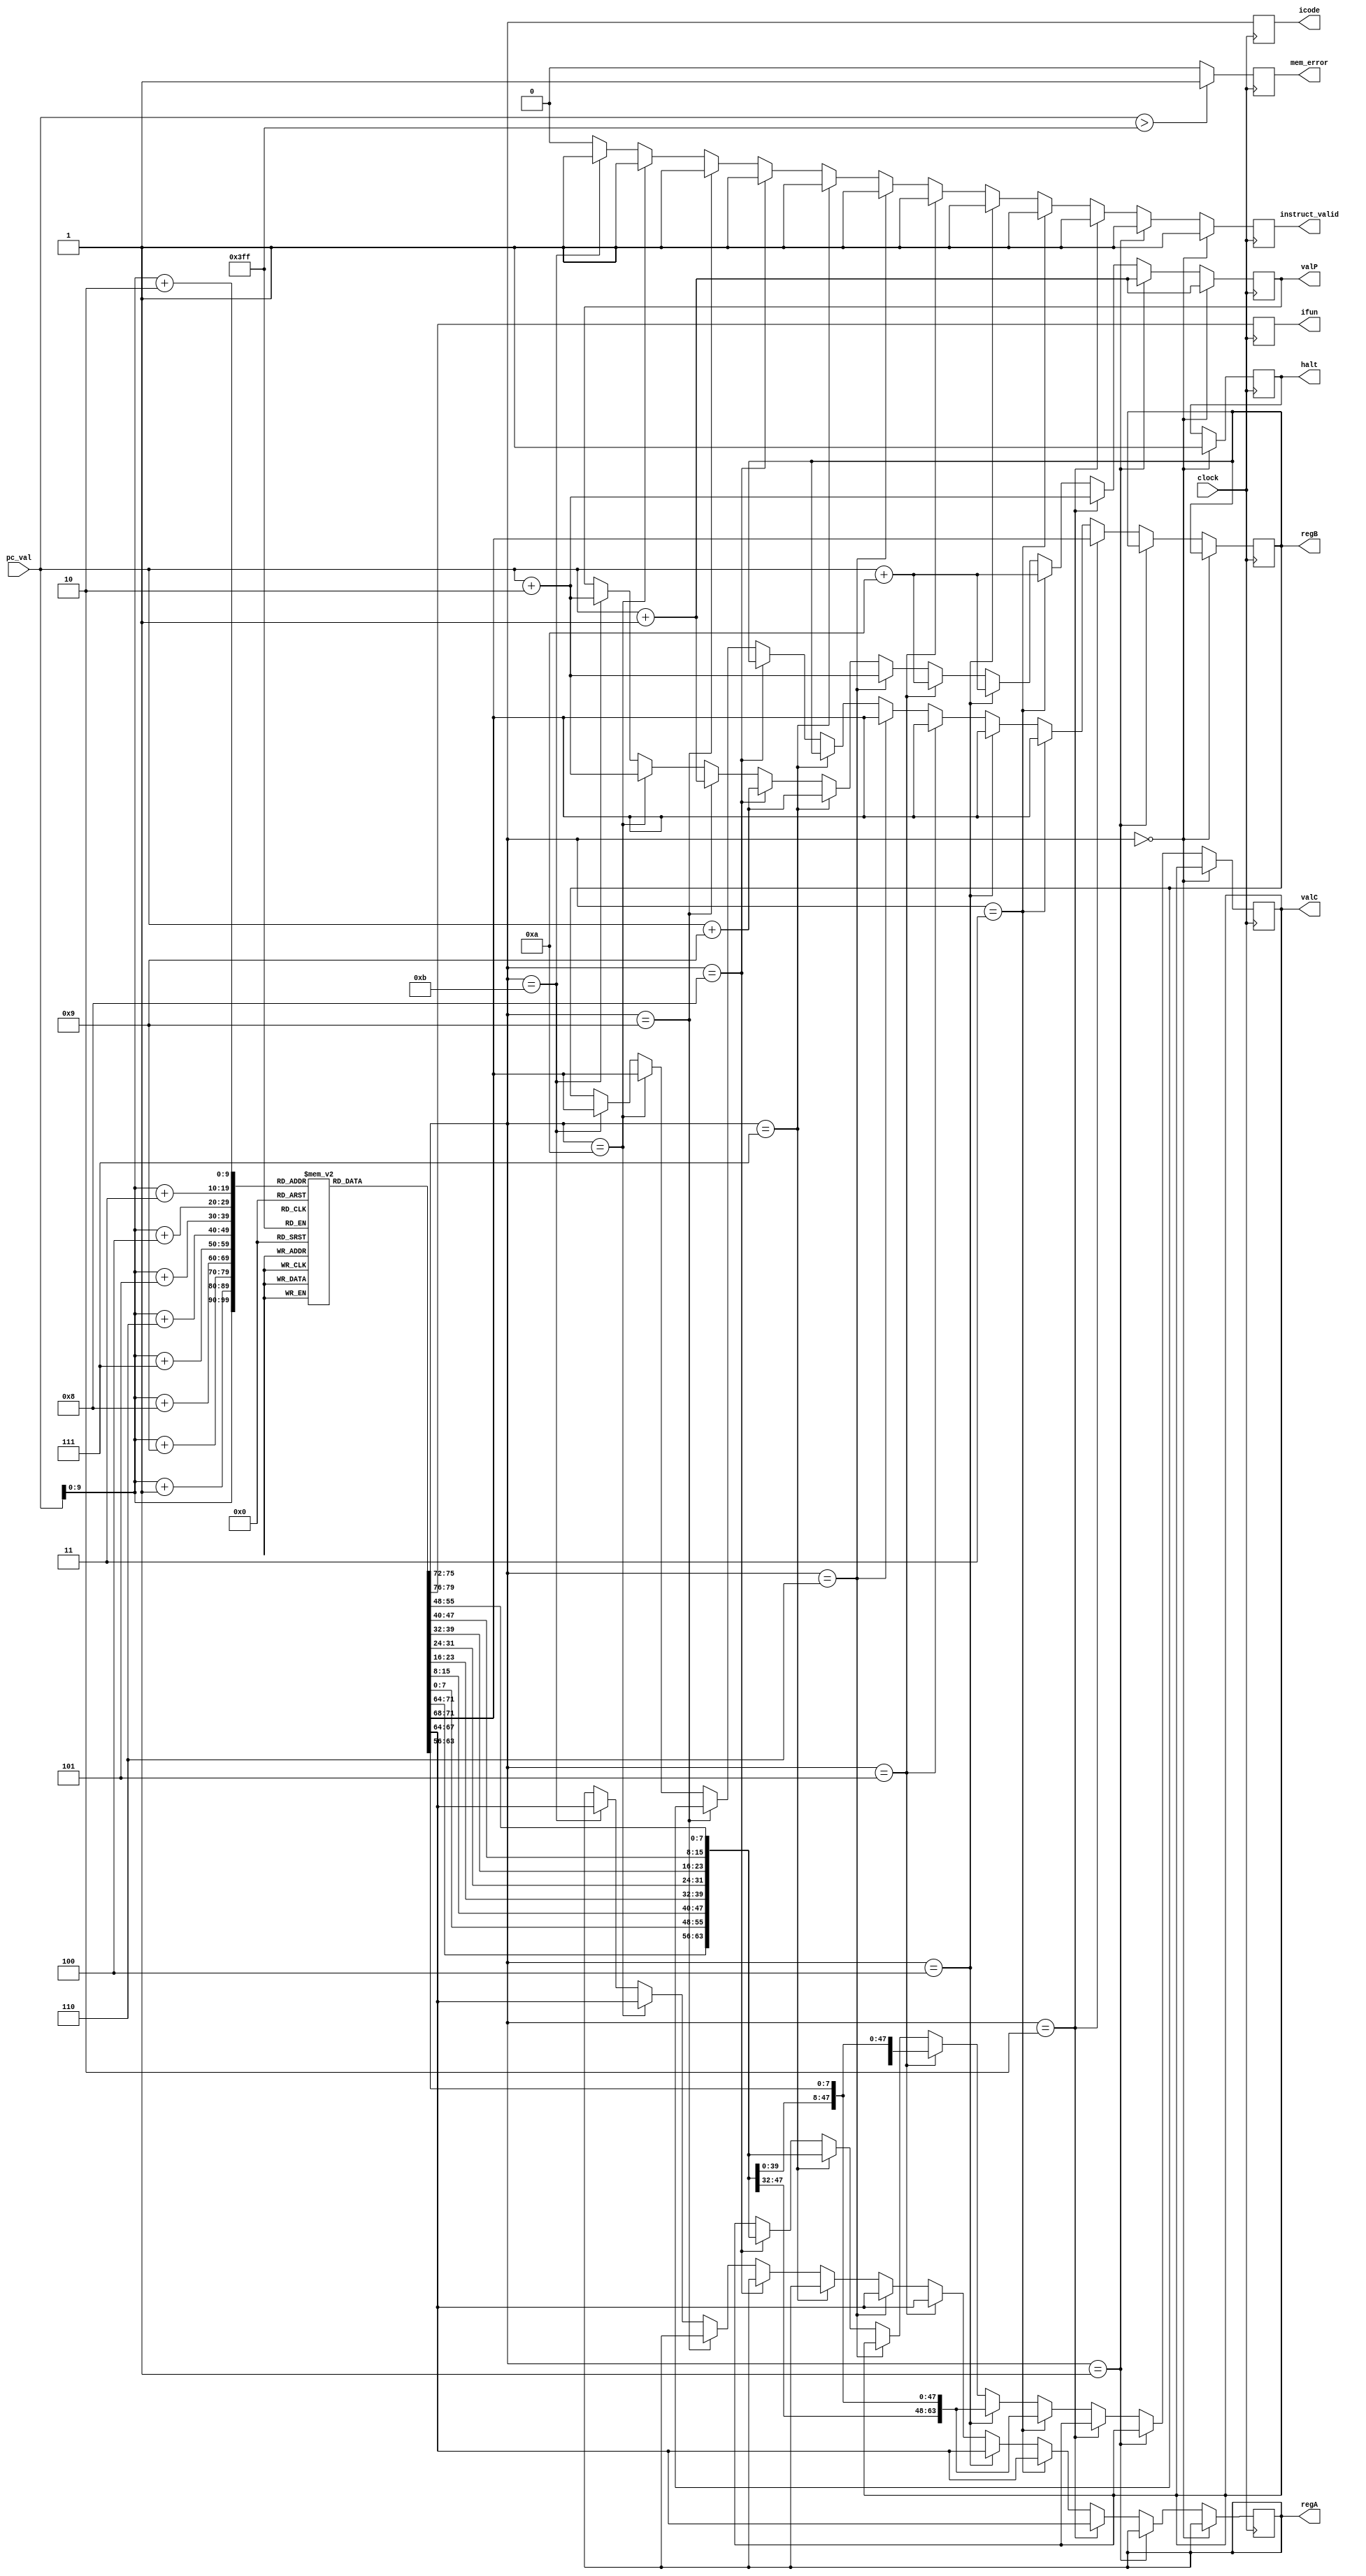
module instruct_fetch(icode,ifun,pc_val,regA,regB,valC,valP,instruct_valid,mem_error,halt,clock);

input clock;
input [63:0] pc_val;
output reg [3:0] icode,ifun,regA,regB;
output reg [63:0] valC,valP;
output reg instruct_valid,mem_error,halt; // instruct_valid = 1 implies that valid

reg [7:0] instruction_memory[0:1023];

reg [0:79] instruction;

always @ (posedge clock)
begin
    mem_error = 0;
    if(pc_val > 1023)
    begin
        mem_error = 1;
    end

    icode = instruction_memory[pc_val][3:0];
    ifun = instruction_memory[pc_val][7:4];

    instruct_valid = 1;

    if(icode==4'b0000) //halt
    begin
      halt=1;
      valP=pc_val+64'd1;
    end
    else if(icode==4'b0001) //nop
    begin
      valP=pc_val+64'd1;
    end
    else if(icode==4'b0010) //cmovxx
    begin
      regA=instruction_memory[pc_val+1][3:0];
      regB=instruction_memory[pc_val+1][7:4];
      valP=pc_val+64'd2;
    end
    else if(icode==4'b0011) //irmovq
    begin
      regA=instruction_memory[pc_val+1][3:0];
      regB=instruction_memory[pc_val+1][7:4];
      valC={instruction_memory[pc_val+2],instruction_memory[pc_val+3],instruction_memory[pc_val+4],instruction_memory[pc_val+4],instruction_memory[pc_val+5],instruction_memory[pc_val+6],instruction_memory[pc_val+7],instruction_memory[pc_val+8],instruction_memory[pc_val+9]};
      valP=pc_val+64'd10;
    end
    else if(icode==4'b0100) //rmmovq
    begin
      regA=instruction_memory[pc_val+1][3:0];
      regB=instruction_memory[pc_val+1][7:4];
      valC={instruction_memory[pc_val+2],instruction_memory[pc_val+3],instruction_memory[pc_val+4],instruction_memory[pc_val+4],instruction_memory[pc_val+5],instruction_memory[pc_val+6],instruction_memory[pc_val+7],instruction_memory[pc_val+8],instruction_memory[pc_val+9]};
      valP=pc_val+64'd10;
    end
    else if(icode==4'b0101) //mrmovq
    begin
      regA=instruction_memory[pc_val+1][3:0];
      regB=instruction_memory[pc_val+1][7:4];
      valC={instruction_memory[pc_val+2],instruction_memory[pc_val+3],instruction_memory[pc_val+4],instruction_memory[pc_val+5],instruction_memory[pc_val+6],instruction_memory[pc_val+7],instruction_memory[pc_val+8],instruction_memory[pc_val+9]};
      valP=pc_val+64'd10;
    end
    else if(icode==4'b0110) //OPq
    begin
      regA=instruction_memory[pc_val+1][3:0];
      regB=instruction_memory[pc_val+1][7:4];
      valP=pc_val+64'd2;
    end
    else if(icode==4'b0111) //jxx
    begin
      valC={instruction_memory[pc_val+1],instruction_memory[pc_val+2],instruction_memory[pc_val+3],instruction_memory[pc_val+4],instruction_memory[pc_val+5],instruction_memory[pc_val+6],instruction_memory[pc_val+7],instruction_memory[pc_val+8]};
      valP=pc_val+64'd9;
    end
    else if(icode==4'b1000) //call
    begin
      valC={instruction_memory[pc_val+1],instruction_memory[pc_val+2],instruction_memory[pc_val+3],instruction_memory[pc_val+4],instruction_memory[pc_val+5],instruction_memory[pc_val+6],instruction_memory[pc_val+7],instruction_memory[pc_val+8]};
      valP=pc_val+64'd9;
    end
    else if(icode==4'b1001) //ret
    begin
      valP=pc_val+64'd1;
    end
    else if(icode==4'b1010) //pushq
    begin
      regA=instruction_memory[pc_val+1][3:0];
      regB=instruction_memory[pc_val+1][7:4];
      valP=pc_val+64'd2;
    end
    else if(icode==4'b1011) //popq
    begin
      regA=instruction_memory[pc_val+1][3:0];
      regB=instruction_memory[pc_val+1][7:4];
      valP=pc_val+64'd2;
    end
    else 
    begin
      instruct_valid=1'b0;
    end
end
endmodule